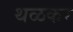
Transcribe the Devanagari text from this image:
थळकर